Civil Veterinary Dept. Assam report 1927-50 - 1927-1950
Year: 1927
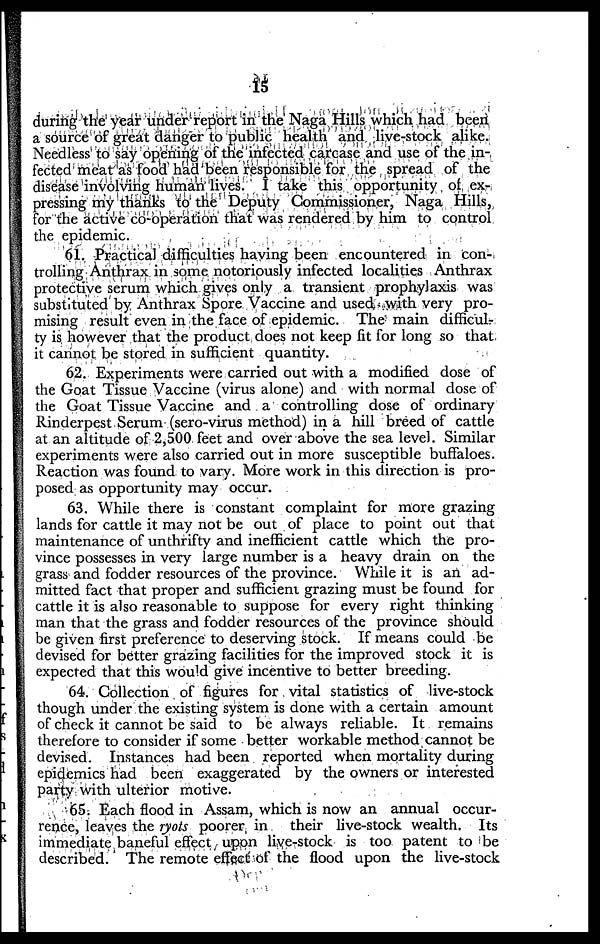
15
during the year under report in the Naga Hills which had been
a source of great danger to public health and live-stock alike.
Needless to say opening of the infected carcase and use of the in-
fected meat as food had been responsible for the spread of the
disease involving human lives. I take this opportunity of ex-
pressing my thanks to the Deputy Commissioner, Naga Hills,
for the active co-operation that was rendered by him to control
the epidemic.
61. Practical difficulties having been encountered in con-
trolling Anthrax in some notoriously infected localities Anthrax
protective serum which gives only a transient prophylaxis was
substituted by Anthrax Spore Vaccine and used with very pro-
mising result even in the face of epidemic. The main difficul-
ty is however that the product does not keep fit for long so that
it cannot be stored in sufficient quantity.
62. Experiments were carried out with a modified dose of
the Goat Tissue Vaccine (virus alone) and with normal dose of
the Goat Tissue Vaccine and a controlling dose of ordinary
Rinderpest Serum (sero-virus method) in a hill breed of cattle
at an altitude of 2,500 feet and over above the sea level. Similar
experiments were also carried out in more susceptible buffaloes.
Reaction was found to vary. More work in this direction is pro-
posed as opportunity may occur.
63. While there is constant complaint for more grazing
lands for cattle it may not be out of place to point out that
maintenance of unthrifty and inefficient cattle which the pro-
vince possesses in very large number is a heavy drain on the
grass and fodder resources of the province. While it is an ad-
mitted fact that proper and sufficient grazing must be found for
cattle it is also reasonable to suppose for every right thinking
man that the grass and fodder resources of the province should
be given first preference to deserving stock. If means could be
devised for better grazing facilities for the improved stock it is
expected that this would give incentive to better breeding.
64. Collection of figures for vital statistics of live-stock
though under the existing system is done with a certain amount
of check it cannot be said to be always reliable. It remains
therefore to consider if some better workable method cannot be
devised. Instances had been reported when mortality during
epidemics had been exaggerated by the owners or interested
party with ulterior motive.
65. Each flood in Assam, which is now an annual occur-
rence, leaves the ryots poorer in their live-stock wealth. Its
immediate baneful effect upon live-stock is too patent to be
described. The remote effect of the flood upon the live-stock